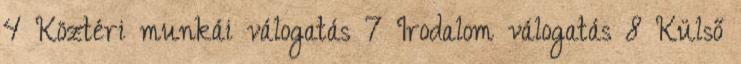
4 Köztéri munkái válogatás 7 Irodalom válogatás 8 Külső